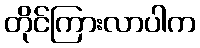
တိုင်ကြားလာပါက